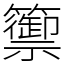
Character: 籞